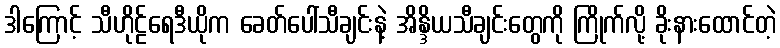
ဒါကြောင့် သီဟိုဠ်ရေဒီယိုက ခေတ်ပေါ်သီချင်းနဲ့ အိန္ဒိယသီချင်းတွေကို ကြိုက်လို့ ခိုးနားထောင်တဲ့